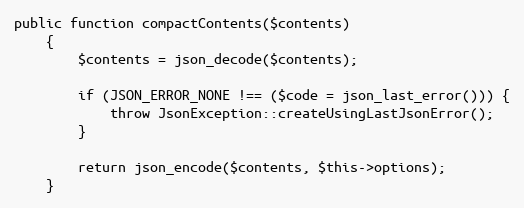
Language: PHP
public function compactContents($contents)
    {
        $contents = json_decode($contents);

        if (JSON_ERROR_NONE !== ($code = json_last_error())) {
            throw JsonException::createUsingLastJsonError();
        }

        return json_encode($contents, $this->options);
    }